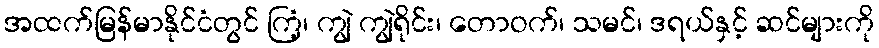
အထက်မြန်မာနိုင်ငံတွင် ကြံ့၊ ကျွဲ ကျွဲရိုင်း၊ တောဝက်၊ သမင်၊ ဒရယ်နှင့် ဆင်များကို